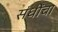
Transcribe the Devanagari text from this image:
संधींचा